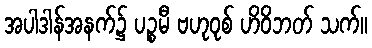
အပါဒါန်အနက်၌ ပဉ္စမီ ဗဟုဝုစ် ဟိဝိဘတ် သက်။